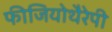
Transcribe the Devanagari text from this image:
फीजियोथैरेपी